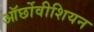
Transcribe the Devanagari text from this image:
ऑर्छोवीशियन